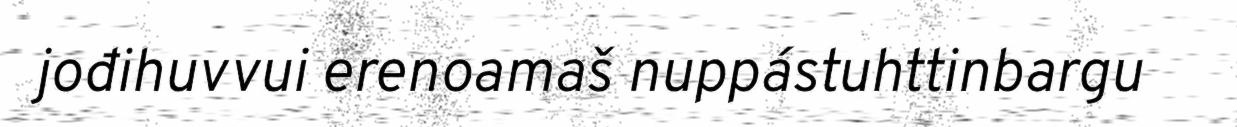
jođihuvvui erenoamaš nuppástuhttinbargu